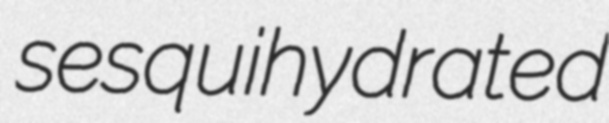
sesquihydrated